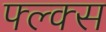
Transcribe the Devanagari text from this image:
फ्ल्क्स